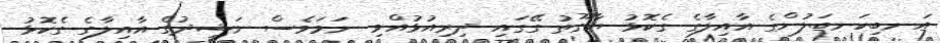
އަނބިކަނބަލުންގެ އާއިލާގެ ގެކޮޅު ޔާގޫތު ގޭގައި ދިރިއުޅުއްވި ނަމަވެސް ނަޝީދުގެ އާއިލާގެ ގެކޮޅު